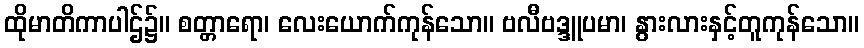
ထိုမာတိကာပါဌ်၌။ စတ္တာရော၊ လေးယောက်ကုန်သော။ ဗလီဗဒ္ဒူပမာ၊ နွားလားနှင့်တူကုန်သော။